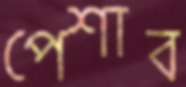
পেশাব